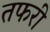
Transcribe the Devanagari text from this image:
तफरी